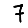
Digit: 7